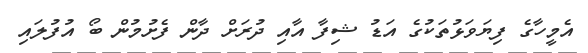
އެމީހާގެ ފިޔަވަޅުތަކުގެ އަޑު ޝިފާ އާއި ދުރަށް ދާން ފެށުމުން ބޯ އުފުލައި